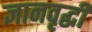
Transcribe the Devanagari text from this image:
ज्ञानवृद्धी